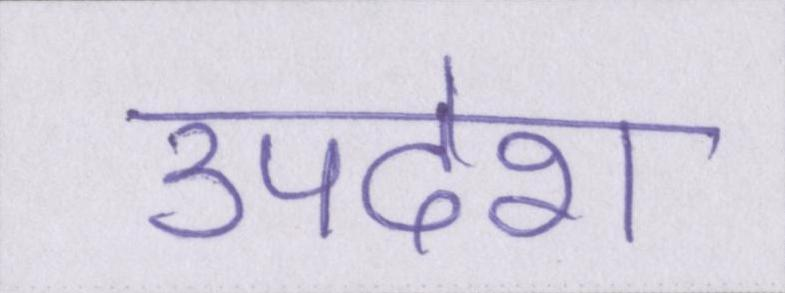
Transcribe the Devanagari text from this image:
उपदेश